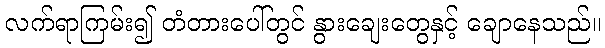
လက်ရာကြမ်း၍ တံတားပေါ်တွင် နွားချေးတွေနှင့် ချောနေသည်။